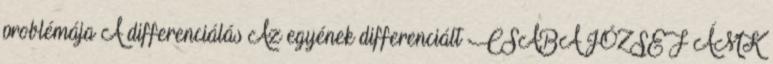
problémája A differenciálás Az egyének differenciált CSABA JÓZSEF ÁMK